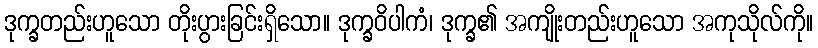
ဒုက္ခတည်းဟူသော တိုးပွားခြင်းရှိသော။ ဒုက္ခဝိပါကံ၊ ဒုက္ခ၏ အကျိုးတည်းဟူသော အကုသိုလ်ကို။